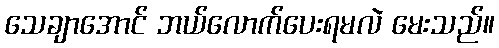
သေချာအောင် ဘယ်လောက်ပေးရမလဲ မေးသည်။